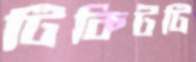
টিকিটটি